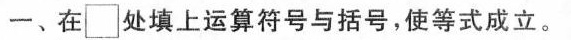
一、在\Box 处填上运算符号与括号，使等式成立。